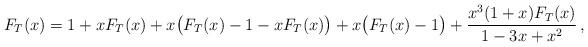
LaTeX: \begin{align*}F_T(x)=1+xF_T(x)+x\big(F_T(x)-1-xF_T(x)\big)+x\big(F_T(x)-1\big)+\frac{x^3(1+x)F_T(x)}{1-3x+x^2}\,,\end{align*}